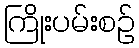
ကြိုးပမ်းစဉ်